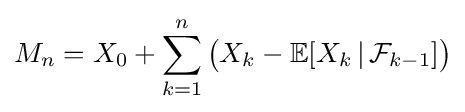
M_{n}=X_{0}+\sum _{k=1}^{n}{\bigl (}X_{k}-\mathbb {E} [X_{k}\,|\,{\mathcal {F}}_{k-1}]{\bigr )}